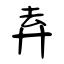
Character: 弆